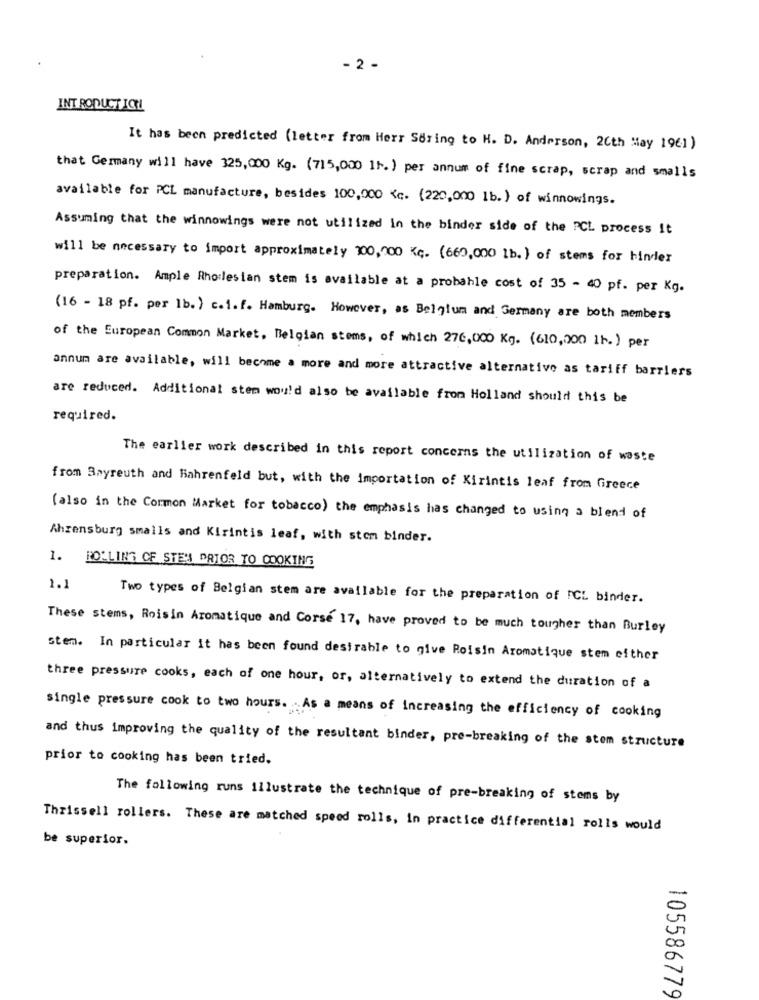
- 2 -
INT RODUCT ICH
It has been predicted (letter from Herr String to H. D. Anderson, 20th May 1961)
that Germany will have 325,000 Kg. (715,000 11.) per annum of fine scrap, scrap and smalls
available for PCL manufacture, besides 100,000 <c. (220,000 1b. ) of winnowings.
Assuming that the winnowings were not utilized in the binder side of the RCL process it
will be necessary to import approximately 100,000 KG. (660,000 1b. ) of stems for hinder
preparation. Ample Rho:lesian stem is available at a probahle cost of 35 - 40 pf. per Kg.
(16 - 18 pf. per lb. ) c.1.f. Hamburg. However, as Belgium and Germany are both members
of the European Common Market, Belgian stems, of which 276,000 Kg. (610,200 1b.) per
annum are available, will become a more and more attractive alternative as tariff barriers
are reduced. Additional stem would also be available from Holland should this be
required.
The earlier work described in this report concerns the utilization of waste
from Bayreuth and Bahrenfeld but, with the importation of Kirintis leaf from Greece
(also in the Common Market for tobacco) the emphasis has changed to using a blend of
Ahrensburg smalls and Kirintis leaf, with stem binder.
1. ROLLING CF STES PRIOR TO COOKING
1.2
Two types of Belgian stem are available for the preparation of ICL binder.
These stems, Roisin Aromatique and Corse 17, have proved to be much tougher than Burley
Stem. In particular it has been found desirable to give Roisin Aromatique stem ofther
three pressure cooks, each of one hour, or, alternatively to extend the duration of a
single pressure cook to two hours. . As a means of increasing the efficiency of cooking
and thus improving the quality of the resultant binder, pre-breaking of the stom structure
prior to cooking has been tried.
The following runs illustrate the technique of pre-breaking of stems by
Thrissell rollers. These are matched speed rolls, in practice differential rolls would
be superior.
10558677